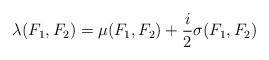
LaTeX: \begin{align*}\lambda(F_1, F_2) = \mu(F_1, F_2) + \frac{i}{2}\sigma(F_1, F_2)\end{align*}